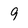
Character: 9